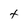
Character: t